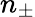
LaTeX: n_{\pm}